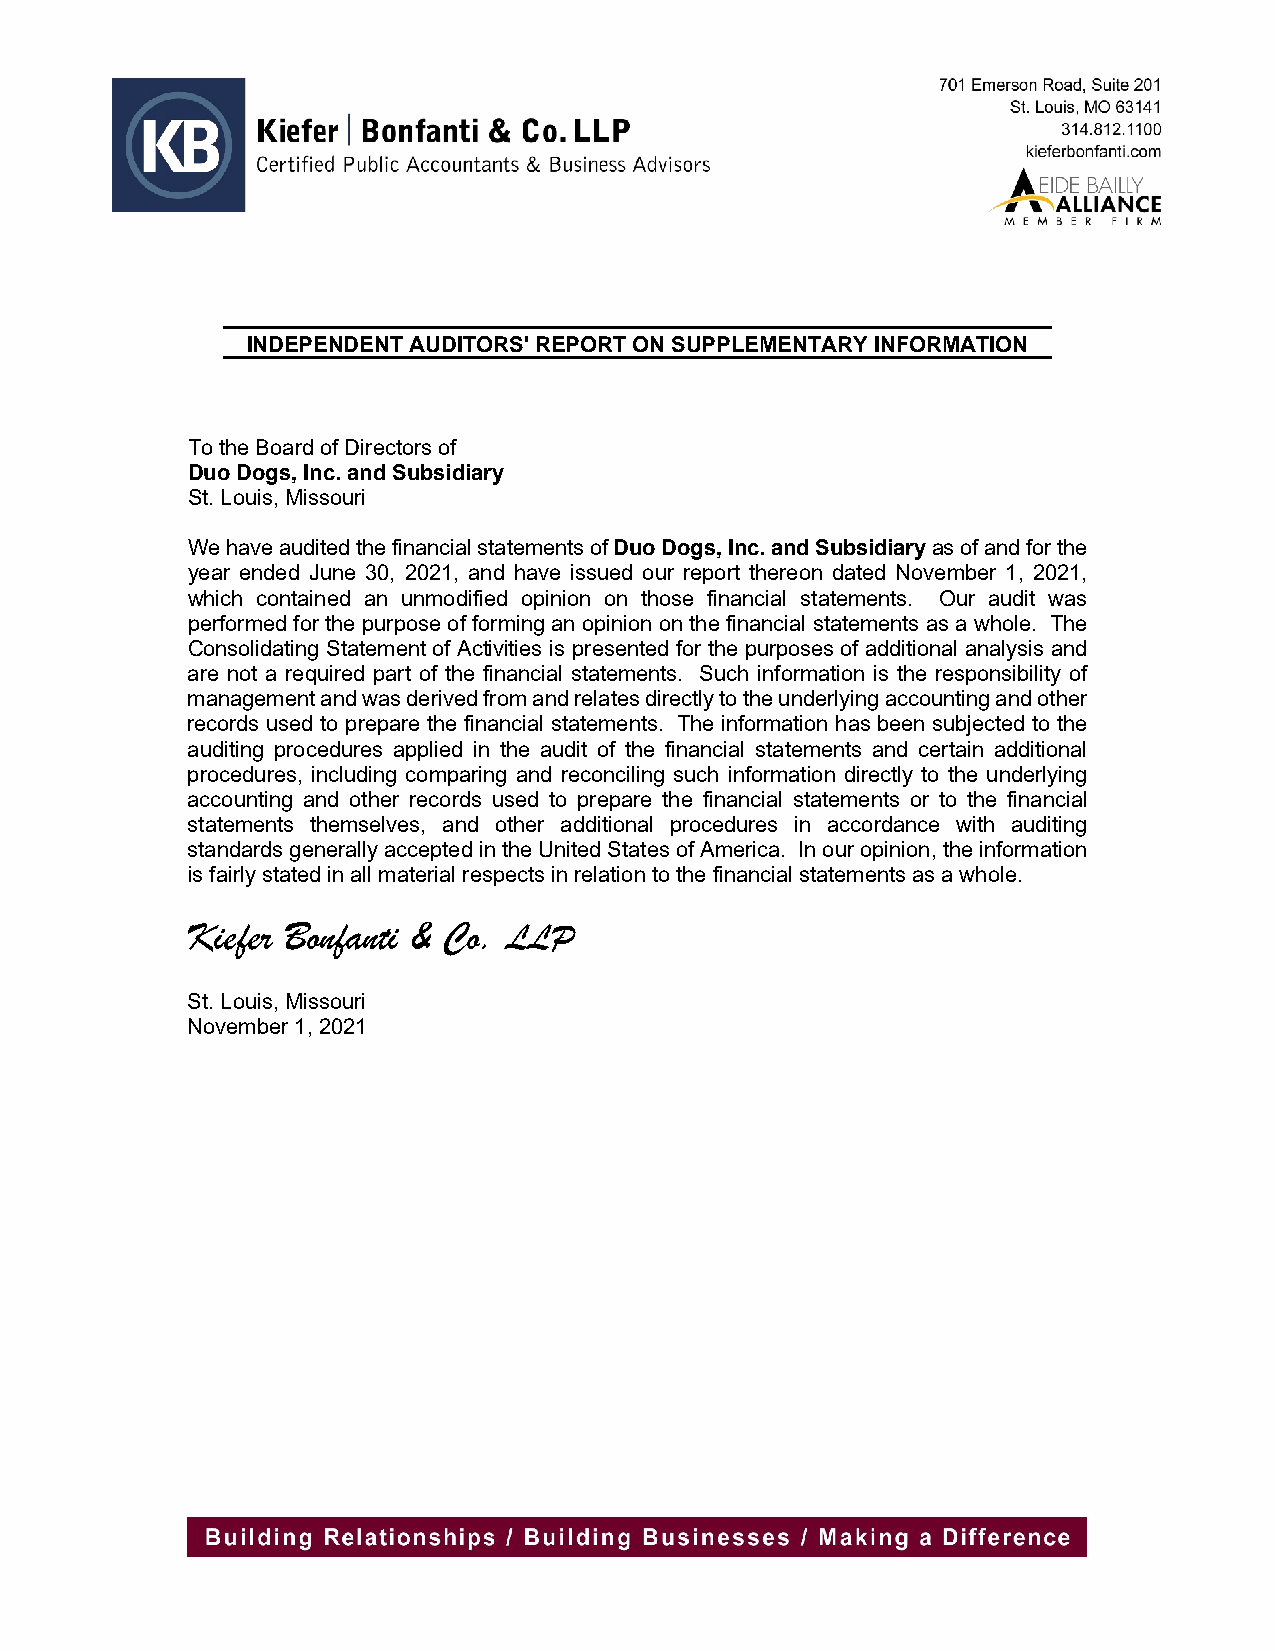
INDEPENDENT AUDITORS' REPORT ON SUPPLEMENTARY INFORMATION
 To the Board of Directors of
 Duo Dogs, Inc. and Subsidiary
 St. Louis, Missouri
 We have audited the financial statements of Duo Dogs, Inc. and Subsidiary as of and for the
 year ended June 30, 2021, and have issued our report thereon dated November 1, 2021,
 which contained an unmodified opinion on those financial statements. Our audit was
 performed for the purpose of forming an opinion on the financial statements as a whole. The
 Consolidating Statement of Activities is presented for the purposes of additional analysis and
 are not a required part of the financial statements. Such information is the responsibility of
 management and was derived from and relates directly to the underlying accounting and other
 records used to prepare the financial statements. The information has been subjected to the
 auditing procedures applied in the audit of the financial statements and certain additional
 procedures, including comparing and reconciling such information directly to the underlying
 accounting and other records used to prepare the financial statements or to the financial
 statements themselves, and other additional procedures in accordance with auditing
 standards generally accepted in the United States of America. In our opinion, the information
 is fairly stated in all material respects in relation to the financial statements as a whole.
 Kiefer Bonfanti & Co. LLP
 St. Louis, Missouri
 November 1, 2021